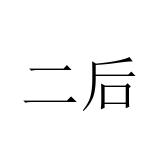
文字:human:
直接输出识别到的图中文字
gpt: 二后